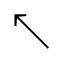
\nwarrow